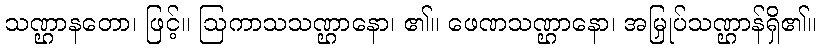
သဏ္ဌာနတော၊ ဖြင့်။ ဩကာသသဏ္ဌာနော၊ ၏။ ဖေဏသဏ္ဌာနော၊ အမြှုပ်သဏ္ဌာန်ရှိ၏။